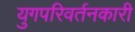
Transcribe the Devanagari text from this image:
युगपरिवर्तनकारी